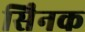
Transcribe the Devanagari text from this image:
सैिनक